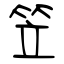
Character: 笠